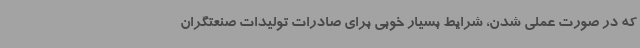
که در صورت عملی شدن، شرایط بسیار خوبی برای صادرات تولیدات صنعتگران